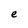
Character: e